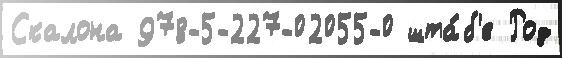
Скалона 978-5-227-02055-0 шта́б'е Род